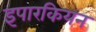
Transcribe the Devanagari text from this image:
इपारकियन